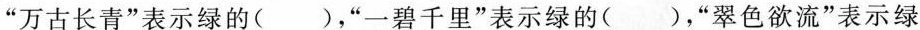
”万古长青”表示绿的( )，”一碧千里”表示绿的( )，”翠色欲流”表示绿